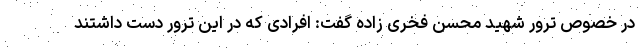
در خصوص ترور شهید محسن فخری زاده گفت: افرادی که در این ترور دست داشتند